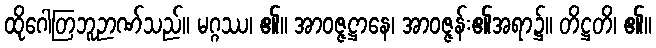
ထိုဂေါတြဘူဉာဏ်သည်။ မဂ္ဂဿ၊ ၏။ အာဝဇ္ဇဋ္ဌာနေ၊ အာဝဇ္ဇန်း၏အရာ၌။ တိဋ္ဌတိ၊ ၏။